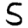
Digit: 5